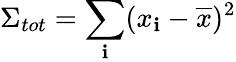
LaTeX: \Sigma_{tot}=\sum_{\mathbf{i}}(x_{\mathbf{i}}-\overline{{{x}}})^{2}